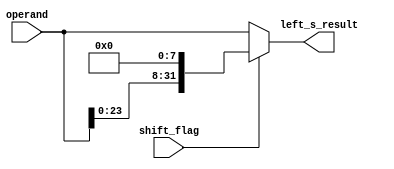
module left_shift_8 (shift_flag,left_s_result,operand);
	input[31:0] operand;
	input shift_flag;
	output[31:0] left_s_result;

	wire[31:0] shifted;
	assign shifted[31:8] = operand[23:0];
	assign shifted[7:0] = 8'b0;

	assign left_s_result = shift_flag ? shifted:operand;	


endmodule